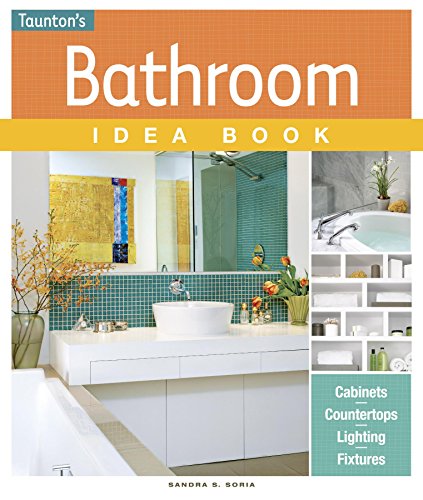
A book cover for Bathroom Idea Book (Taunton's Idea Book Series); Sandra S. Soria; Arts & Photography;